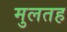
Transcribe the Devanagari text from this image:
मुलतह